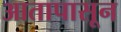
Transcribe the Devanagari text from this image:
आतापासून